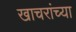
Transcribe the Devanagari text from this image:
खाचरांच्या